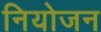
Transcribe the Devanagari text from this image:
नियोजन